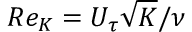
R e _ { K } = U _ { \tau } \sqrt { K } / \nu